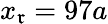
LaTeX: x_{\mathfrak{r}}=97a